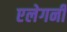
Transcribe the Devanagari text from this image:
एलेगनी